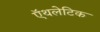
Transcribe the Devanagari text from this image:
ऍथलेटिक